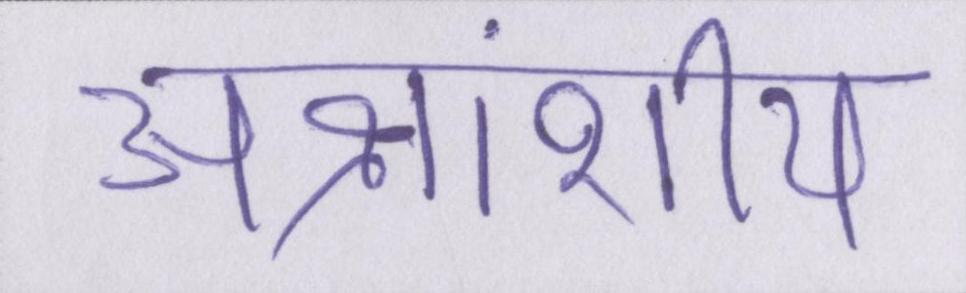
अक्षांशीय